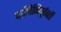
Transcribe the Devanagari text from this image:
पाणिनिपूर्ववर्ती